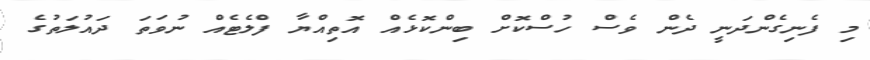
މި ފެނިގެންދަނީ ދެން ވެސް ހުސްކޮށް ބިންކޮޅެއް އޮތިއްޔާ ފްލެޓެއް ނުވަތަ ދައުލަތުގެ